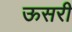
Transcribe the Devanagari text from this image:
ऊसरी